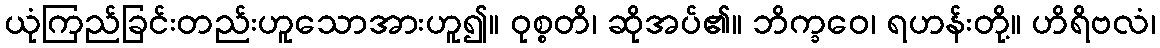
ယုံကြည်ခြင်းတည်းဟူသောအားဟူ၍။ ဝုစ္စတိ၊ ဆိုအပ်၏။ ဘိက္ခဝေ၊ ရဟန်းတို့။ ဟိရိဗလံ၊